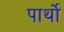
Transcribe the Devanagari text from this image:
पार्थो